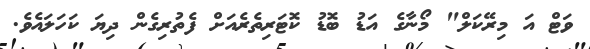
ވަޓް އަ މިރޭކަލް" މޯނާގެ އަޑު ބޮޑު ކޮޓަރިތެރެއަށް ފެތުރިގެން ދިޔަ ކަހަލައެވެ.